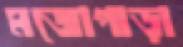
মজোপাড়া